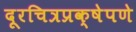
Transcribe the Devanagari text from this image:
दूरचित्रप्रक्षेपणे